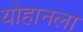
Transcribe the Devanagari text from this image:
योहानला